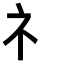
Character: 礻